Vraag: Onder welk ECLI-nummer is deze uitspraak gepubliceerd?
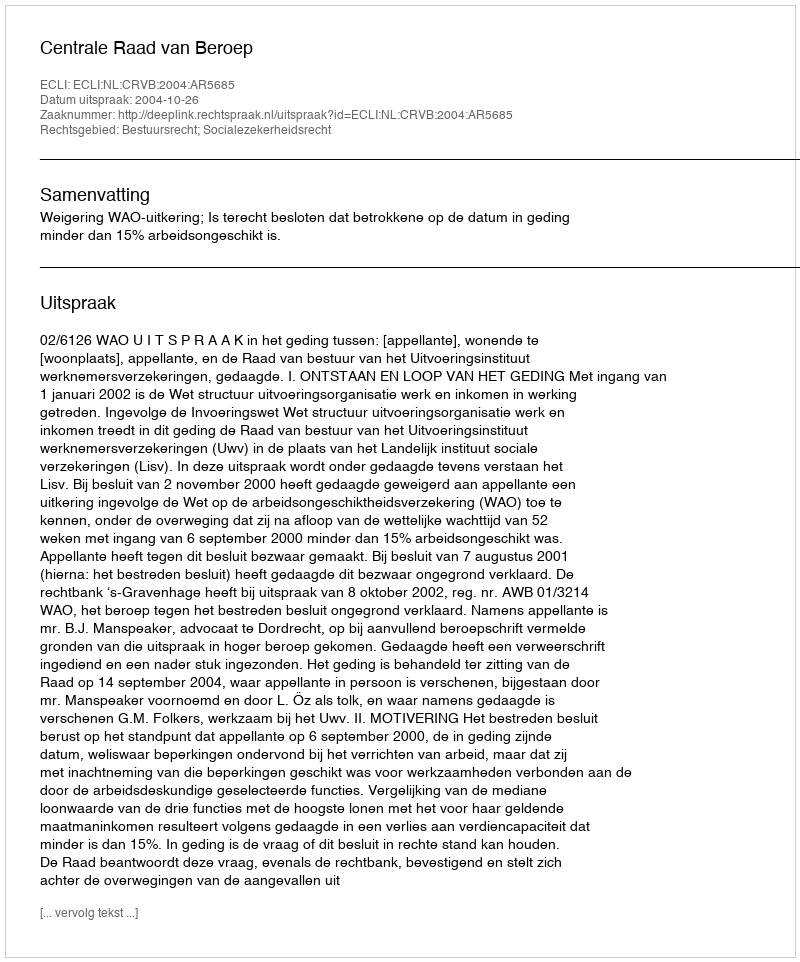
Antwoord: ECLI:NL:CRVB:2004:AR5685